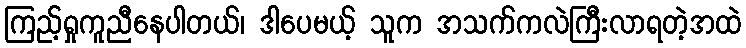
ကြည့်ရှုကူညီနေပါတယ်၊ ဒါပေမယ့် သူက အသက်ကလဲကြီးလာရတဲ့အထဲ